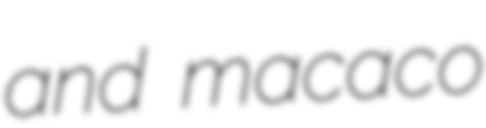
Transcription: and macaco